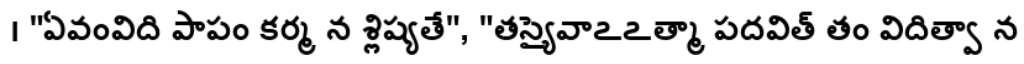
। "ఏవంవిది పాపం కర్మ న శ్లిష్యతే", "తస్యైవాఽఽత్మా పదవిత్ తం విదిత్వా న